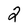
Character: 2